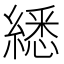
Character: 𦄵